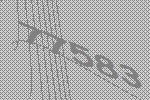
77583